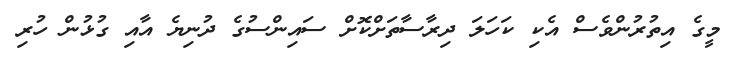
މީގެ އިތުރުންވެސް އެކި ކަހަލަ ދިރާސާތަށްކޮށް ސައިންސުގެ ދުނިޔެ އާއި ގުޅުން ހުރި